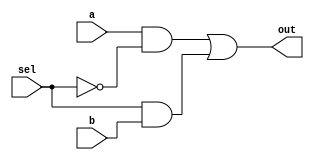
`define dly_and 0.5
`define dly_or 0.3
`define dly_not 0.4
module mux (out,a,b,sel);
input a, b, sel;
output out;

//method 1 gate-level
and #`dly_and u1 (a1, a, sel_);
not #`dly_not u2 (sel_, sel);
and #`dly_and u3 (b1, sel, b);
or  #`dly_or  u4 (out, a1, b1);

/*
//method 2
output reg out;

always@(*)
begin
    if(sel)
        out = b;
    else
        out = a; 
end
*/
/*
//method 3
assign out = (sel)? b:a;
*/

endmodule